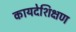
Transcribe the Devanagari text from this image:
कायदेशिक्षण